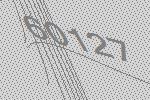
60127